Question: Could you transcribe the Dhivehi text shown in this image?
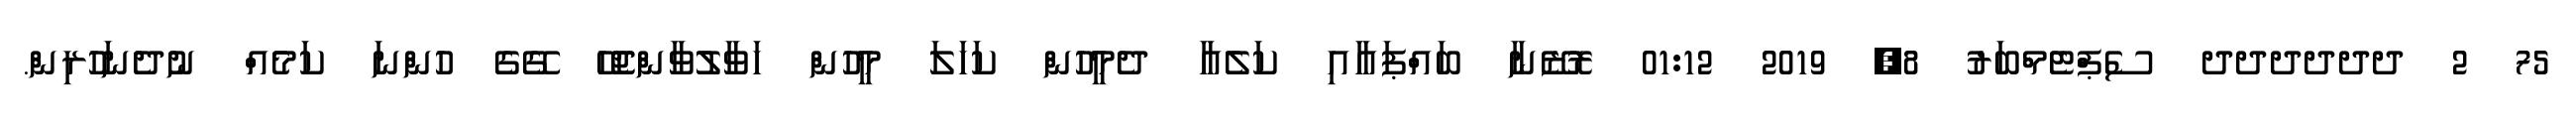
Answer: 75 2 ދދދދދދ ސެޕްޓެމްބަރު 8, 2019 01:12 ރޮޒޭނާ ބައްޕައާއި ކަލެއާ ދެމީހުން ކަހަލަ މީހުން ހަވާލުވާންޖެހޭ ގޭގެ ހުންނަ ކަމެއް ނުދެނަހުރިން.